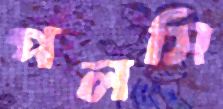
পলসি